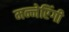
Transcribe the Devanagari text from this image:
मन्नेरिंगी